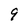
Character: 9